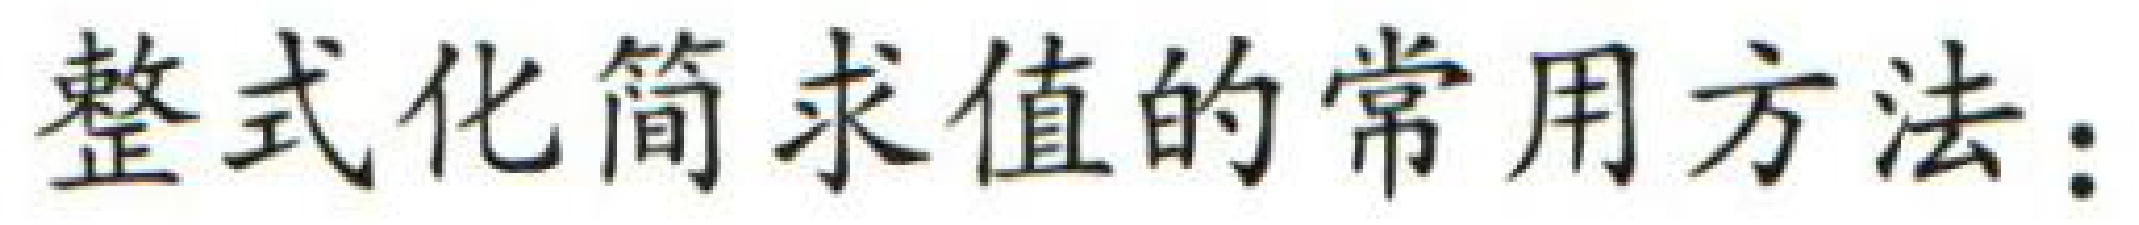
整式化简求值的常用方法：